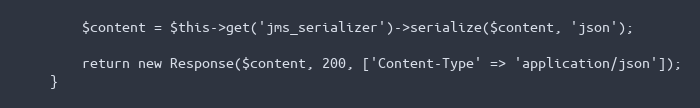
Language: PHP
        $content = $this->get('jms_serializer')->serialize($content, 'json');

        return new Response($content, 200, ['Content-Type' => 'application/json']);
    }